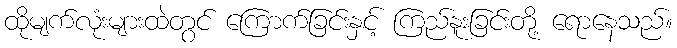
ထိုမျက်လုံးများထဲတွင် ကြောက်ခြင်းနှင့် ကြည်နူးခြင်းတို့ ရောနေသည်။